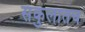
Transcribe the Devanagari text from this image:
संकुलातच